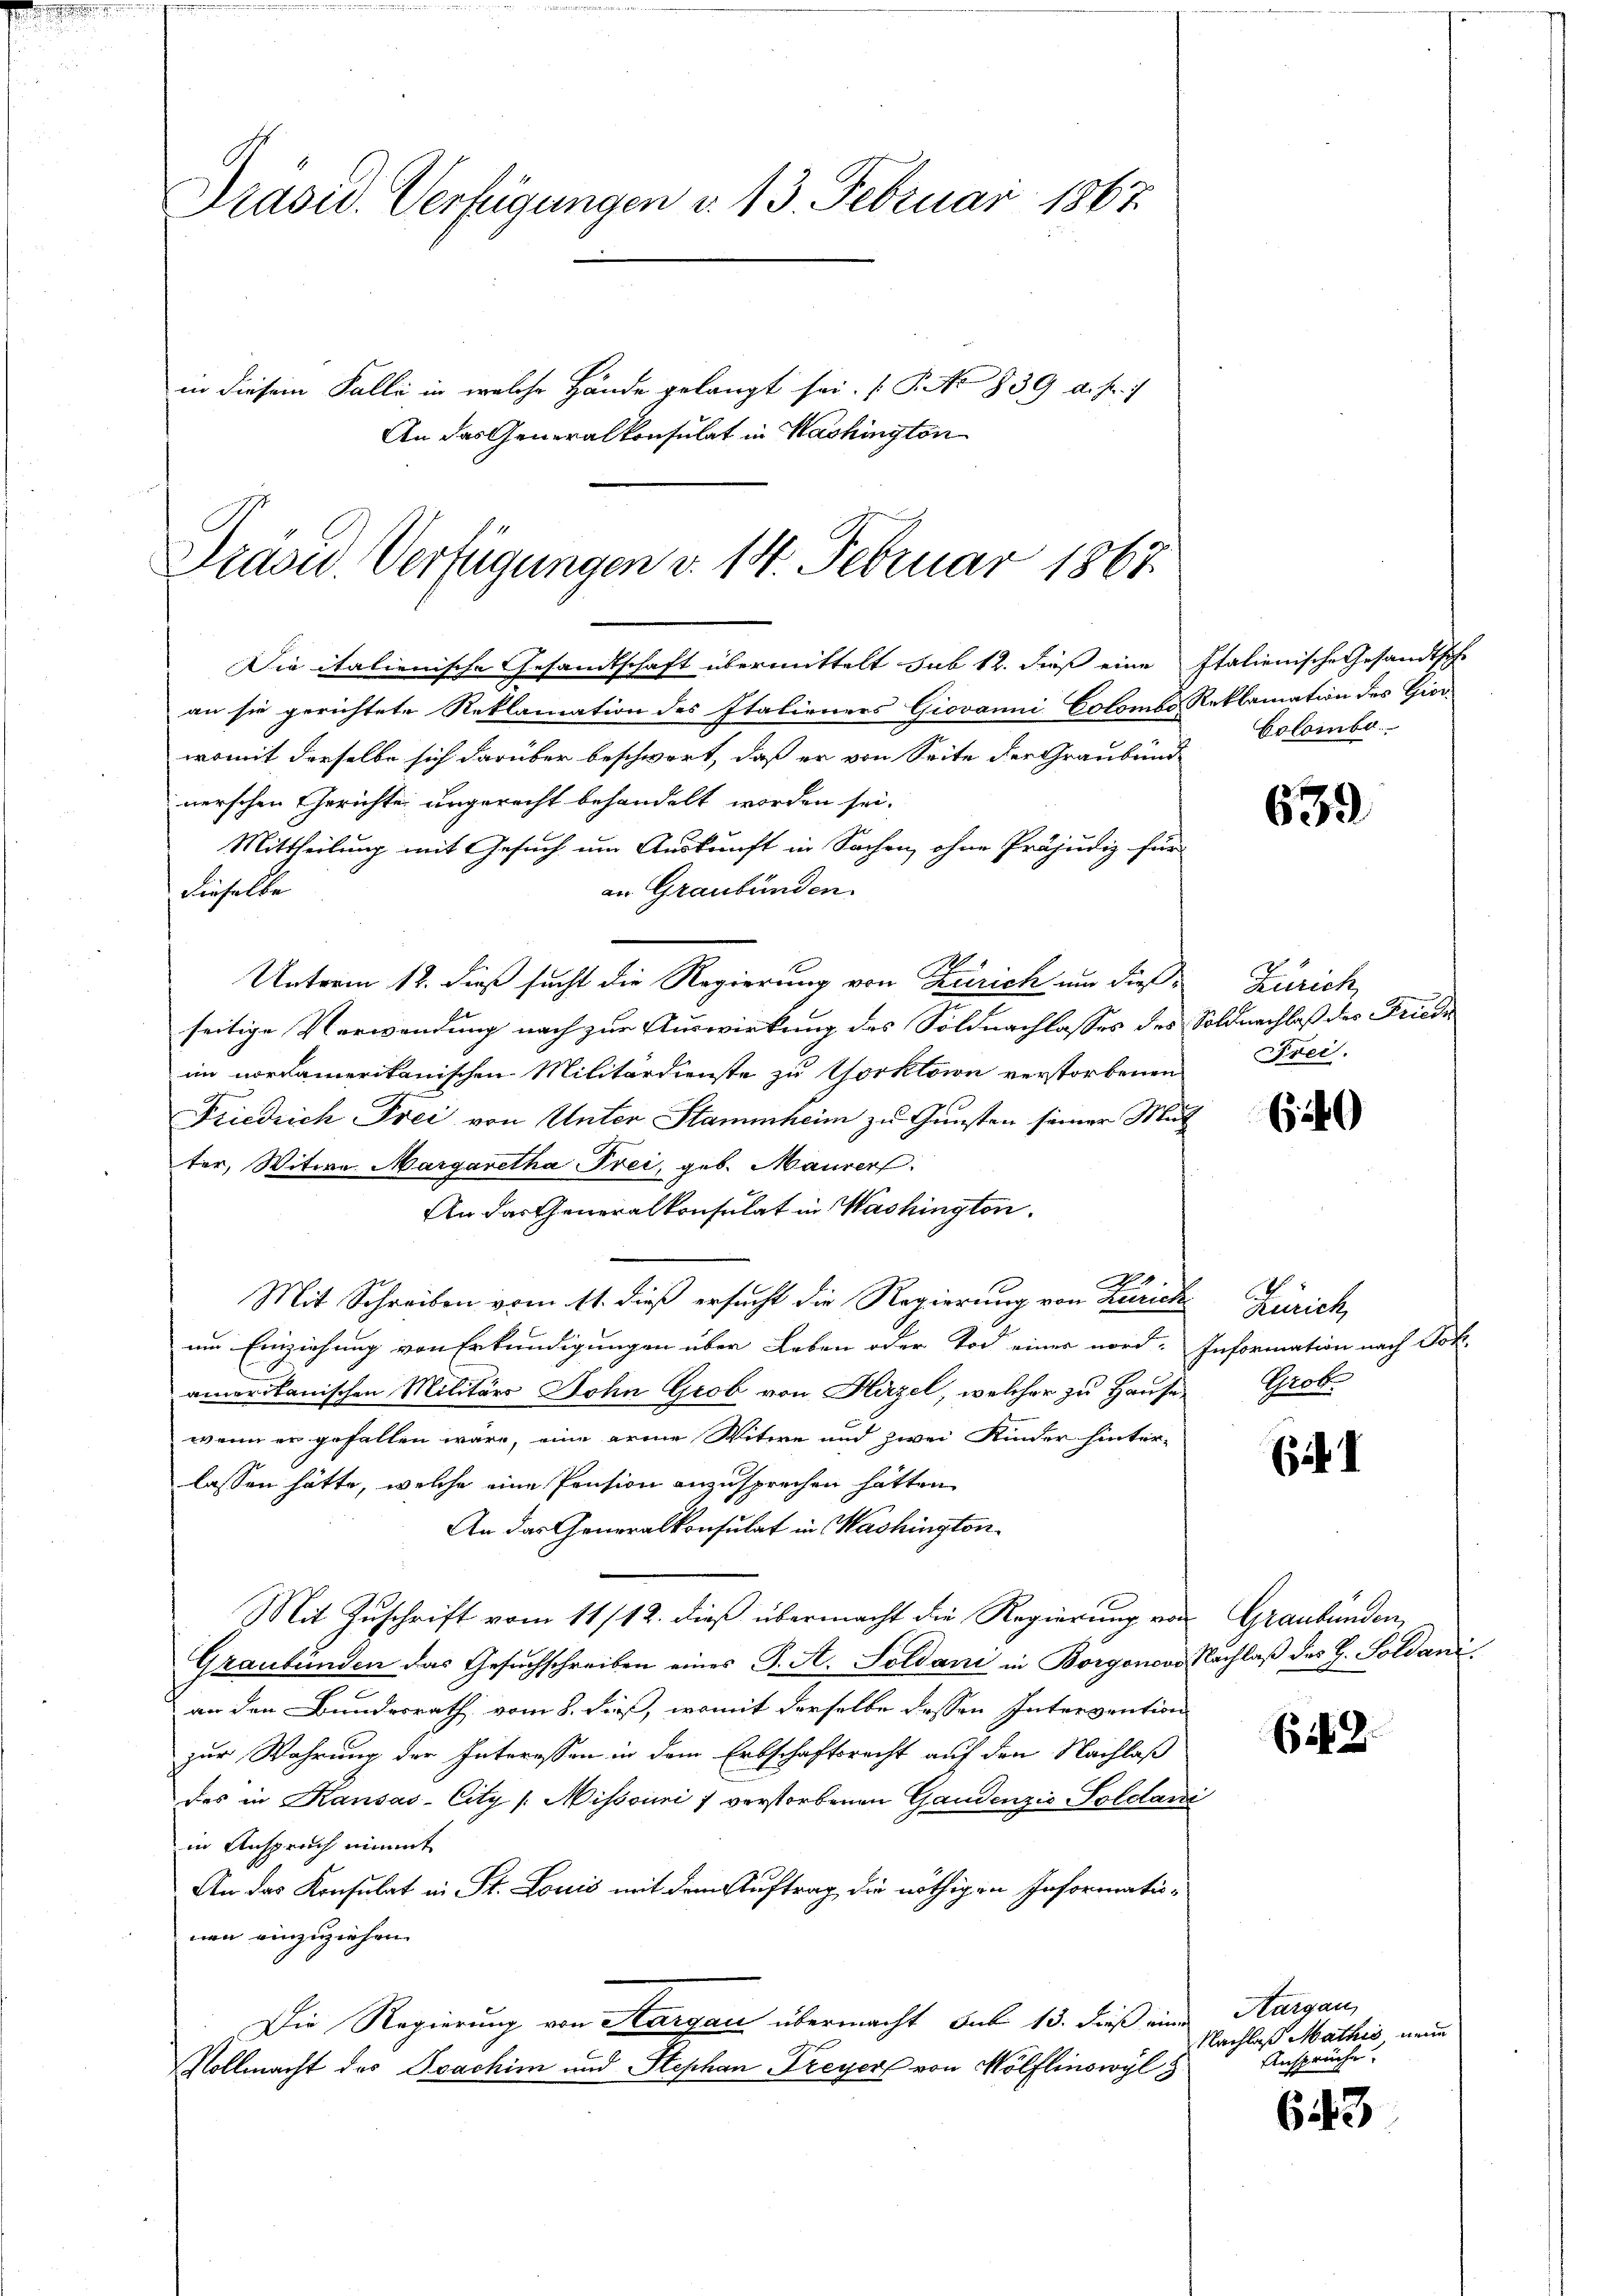
d

Präsid. Verfügungen d. 13. Februar 1867.
in diesem Falle in welche Hände gelangt sei. (T. No 839 d. J. 1
An das Generalkonsulat in Washington

Präsid. Verfügungen v. 14. Februar 1867.

Die italienische Gesandtschaft übermittelt sub 12. dieß eine
an sie gerichtete Reklamation des Italieners Giovanni Colombs Reklamation des Giov
womit derselbe sich darüber beschwert, daß er von Seite der Graubünd
nerschen Gerichte ungerecht behandelt worden sei.
Mittheilung mit Gesuch um Auskunft in Sachen, ohne Präjudiz für
in Graubünden
dieselbe
1
Unterm 12. dieß sucht die Regierung von Zürich um dieß Zürich
seitige Verwendung nach zur Auswirkung des Soldnachlasses des Soldnachlaß des Friede
im nordamerikanischen Militärdienste zu Gorktorn verstorbenen Frei-
Friedrich Frei von Unter Stammheim zu Gunsten seiner Mut
ter, Witwe Margaretha Frei, geb. Maurer.
An das Generalkonsulat in Washington,
Mit Schreiben vom 11. dieß ersucht die Regierung von Zürich
um Einziehung von Erkundigungen über Leben oder Tod einer nord-
amerikanischen Militärs John Grob von Hirzel, welcher zu Hause
wenn er gefallen wäre, eine arme Witwe und zwei Kinder hinter-
lassen hätte, welche eine Pension anzusprechen hätten
An das Generalkonsulat in Washington¬
Mit Zuschrift vom 11/12. dieß übermacht die Regierung von Graubünden,
Graubünden das Gesuchschreiben eines J. A. Soldani in Borgonovi
an den Bundesrath vom 8. Fuß, womit derselbe dessen Intervention
zur Wahrung der Interessen in dem Erbschaftsrecht auf den Nachlaß
des in Kausas-City [Missouri / verstorbenen Gandenzis-Soldane
in Anspruch nimmt
An das Konsulat in St. Louis mit dem Auftrag die nöthigen Informationen einzuziehen.
Die Regierung von Margau übermacht Sub 15. dieß eine
Vollmacht des Joachim und Stephan Dreyer von Wölflinowyl 3

Italienische Gesandtsche
Colombe

639

(i

Zürich
Information nach Joh.
Prob

(i 1

Nachlaß der H. Goldani

(12.

Kargau,
Nachlaß Mathis neue
Ansprüche.

643